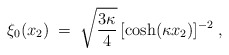
\begin{align*}\xi_0(x_2)\;=\; \sqrt{\frac{3 \kappa}{4}} \, [\cosh (\kappa x_2)]^{-2}\;,\end{align*}